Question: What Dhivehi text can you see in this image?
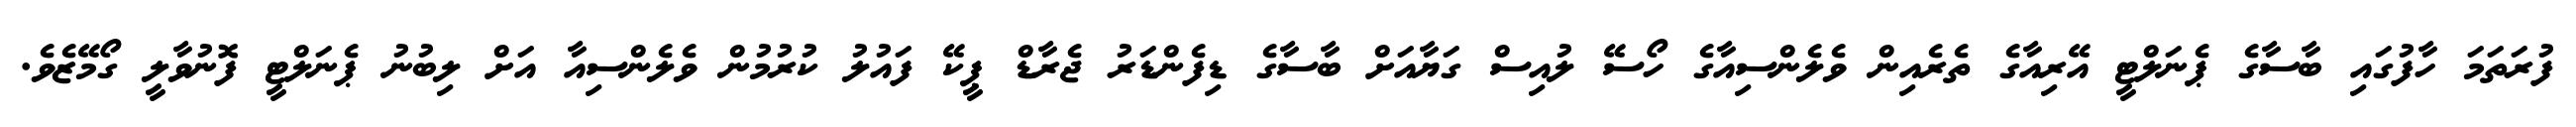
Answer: ފުރަތަމަ ހާފުގައި ބާސާގެ ޕެނަލްޓީ އޭރިއާގެ ތެރެއިން ވެލެންސިއާގެ ހޯސޭ ލުއިސް ގަޔާއަށް ބާސާގެ ޑިފެންޑަރު ޖެރާޑް ޕީކޭ ފައުލު ކުރުމުން ވެލެންސިއާ އަށް ލިބުނު ޕެނަލްޓީ ފޮނުވާލީ ގޯމޭޒެވެ.